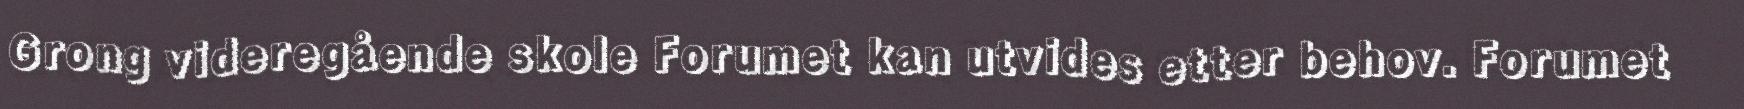
Grong videregående skole Forumet kan utvides etter behov. Forumet